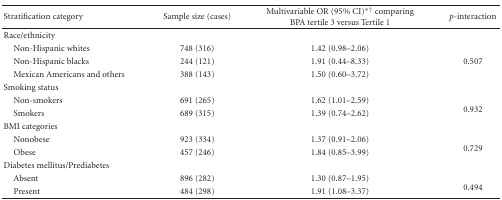
<table><thead><tr><td><b>Stratification category</b></td><td><b>Sample size (cases)</b></td><td><b>Multivariable OR (95% CI)<sup>∗†</sup> comparing BPA tertile 3 versus Tertile 1</b></td><td><b><i>p</i>-interaction</b></td></tr></thead><tbody><tr><td>Race/ethnicity</td><td></td><td></td><td></td></tr><tr><td> Non-Hispanic whites</td><td>748 (316)</td><td>1.42 (0.98–2.06)</td><td></td></tr><tr><td> Non-Hispanic blacks</td><td>244 (121)</td><td>1.91 (0.44–8.33)</td><td>0.507</td></tr><tr><td> Mexican Americans and others</td><td>388 (143)</td><td>1.50 (0.60–3.72)</td><td></td></tr><tr><td>Smoking status</td><td></td><td></td><td></td></tr><tr><td> Non-smokers</td><td>691 (265)</td><td>1.62 (1.01–2.59)</td><td rowspan="2">0.932</td></tr><tr><td> Smokers</td><td>689 (315)</td><td>1.39 (0.74–2.62)</td></tr><tr><td>BMI categories</td><td></td><td></td><td></td></tr><tr><td> Nonobese</td><td>923 (334)</td><td>1.37 (0.91–2.06)</td><td rowspan="2">0.729</td></tr><tr><td> Obese</td><td>457 (246)</td><td>1.84 (0.85–3.99)</td></tr><tr><td>Diabetes mellitus/Prediabetes</td><td></td><td></td><td></td></tr><tr><td> Absent</td><td>896 (282)</td><td>1.30 (0.87–1.95)</td><td rowspan="2">0.494</td></tr><tr><td> Present</td><td>484 (298)</td><td>1.91 (1.08–3.37)</td></tr></tbody></table>